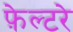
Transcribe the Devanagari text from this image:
फ़ेल्टरे